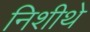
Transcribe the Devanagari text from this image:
निशीथे